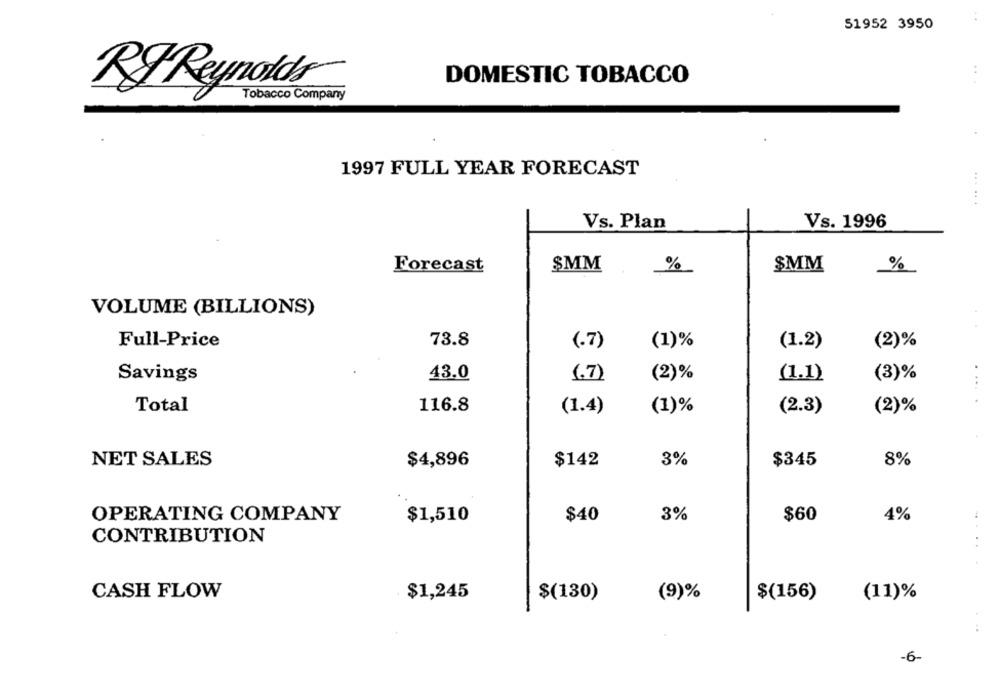
51952 3950
DOMESTIC TOBACCO
RF Reynolds
Tobacco Company
1997 FULL YEAR FORECAST
Vs. 1996
Vs. Plan
Forecast
SMM
%
SMM
%
VOLUME (BILLIONS)
73.8
Full-Price
(.7)
(1)%
(1.2)
(2)%
Savings
43.0
(.7)
(2)%
(3)%
(1.1)
Total
116.8
(1.4)
(1)%
(2.3)
(2)%
NET SALES
$4,896
$142
3%
$345
8%
OPERATING COMPANY
$40
3%
$60
4%
$1,510
CONTRIBUTION
. .
CASH FLOW
$1,245
$(130)
(9)%
$(156)
(11)%
-6-